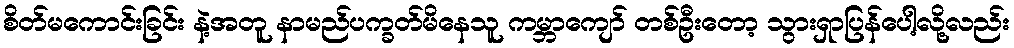
စိတ်မကောင်းခြင်း နဲ့အတူ နာမည်ပက္ခတ်မိနေသူ ကမ္ဘာကျော် တစ်ဦးတော့ သွားရှာပြန်ပေါ့လို့လည်း